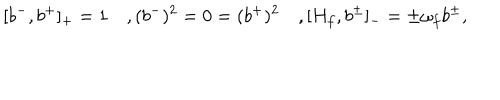
[ b ^ { - } , b ^ { + } ] _ { + } = 1 \quad , ( b ^ { - } ) ^ { 2 } = 0 = ( b ^ { + } ) ^ { 2 } \quad , [ H _ { f } , b ^ { \pm } ] _ { - } = \pm \omega _ { f } b ^ { \pm } ,